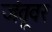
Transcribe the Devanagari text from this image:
जंतूवर